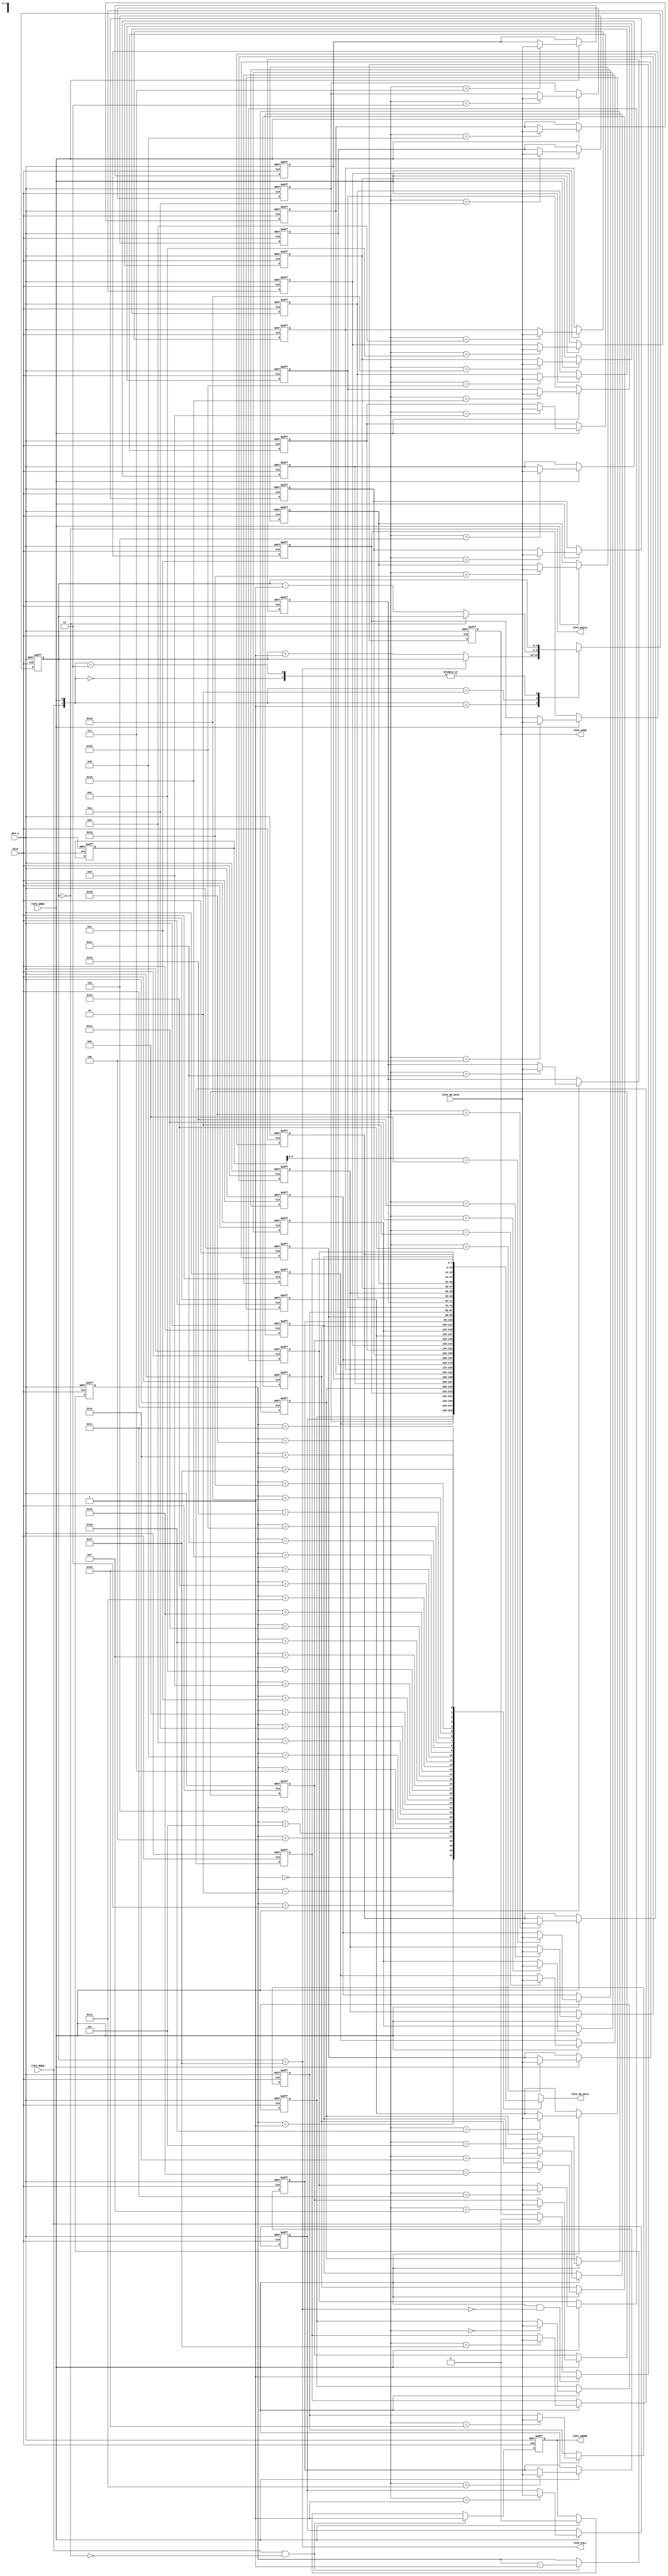
`timescale 1ns / 1ps
//////////////////////////////////////////////////////////////////////////////////
// Company: 
// Engineer: 
// 
// Design Name: 
// Module Name:    uart_fifo 
// Project Name: 
// Target Devices: 
// Tool versions: 
// Description: 
//
// Dependencies: 
//
// Revision: 
// Revision 0.01 - File Created
// Additional Comments: 
//
//////////////////////////////////////////////////////////////////////////////////
module uart_rxfifo(
				  input 	     SCLK,
				  input 	     RST_n,
				  
				  input  [7:0]   FIFO_WR_DATA,
				  input		     FIFO_WREN,
				  input 		 FIFO_RDEN,
				  output [7:0]   FIFO_RD_DATA,
				  output		 FIFO_Empty,
				  output		 FIFO_FULL,
				  output		 FIFO_OVER,
				  output		 FIFO_UNDER
				  );

//8*32

	reg [4:0] fifo_cnt; //under,over,xxxxx32

	wire empty;
	assign empty = (fifo_cnt[4:0] == 5'b0);
	assign FIFO_Empty = empty;
	
	wire full;
	assign full = (fifo_cnt[4:0] == 5'd31);	
	assign FIFO_FULL = full;
	
	always@(posedge SCLK or negedge RST_n)
	begin
		if(!RST_n) 		    fifo_cnt <= 5'b0;
		else
		begin
			case({FIFO_RDEN, FIFO_WREN})
			2'b00: 		  fifo_cnt <= fifo_cnt;
			2'b01: //wr
			begin
				if(full)  fifo_cnt <= fifo_cnt;
				else 	  fifo_cnt <= fifo_cnt + 1'b1;	 
			end
			2'b10: //rd
			begin
				if(empty) fifo_cnt <= fifo_cnt;
				else 	  fifo_cnt <= fifo_cnt - 1'b1;
			end			
			2'b11:  	  fifo_cnt <= fifo_cnt;	
			endcase
		end
	end	
	
	reg [4:0] fifo_wr_pointer;
	
	always@(posedge SCLK or negedge RST_n)
	begin
		if(!RST_n)		   			fifo_wr_pointer <= 5'b0;
		else if(FIFO_WREN && !full) fifo_wr_pointer <= fifo_wr_pointer + 1'b1;
		else			   			fifo_wr_pointer <= fifo_wr_pointer;
	end

	reg [4:0] fifo_rd_pointer;
	
	always@(posedge SCLK or negedge RST_n)
	begin
		if(!RST_n)		   			 fifo_rd_pointer <= 5'b0;
		else if(FIFO_RDEN && !empty) fifo_rd_pointer <= fifo_rd_pointer - 1'b1;
		else			   			 fifo_rd_pointer <= fifo_rd_pointer;
	end

	reg [7:0] fifo_stack [31:0];
	
	integer i;
	
	always@(posedge SCLK or negedge RST_n)
	begin
		if(!RST_n)
		begin
			for(i = 0; i < 32; i = i + 1)
			begin
				fifo_stack[i] <= 8'b0;
			end		
		end
		else if(FIFO_WREN)
		begin
			fifo_stack[i] <= FIFO_WR_DATA;
		end
	end

	assign FIFO_RD_DATA = fifo_stack[fifo_rd_pointer];

	reg OVER;

	always@(posedge SCLK or negedge RST_n)
	begin
		if(!RST_n)		   			OVER <= 1'b0;
		else if(FIFO_WREN && !full) OVER <= 1'b1;
		else if(FIFO_RDEN)			OVER <= 1'b0;
		else			   			OVER <= OVER;
	end

	assign FIFO_OVER = OVER;

	reg UNDER;

	always@(posedge SCLK or negedge RST_n)
	begin
		if(!RST_n)		   			 UNDER <= 1'b0;
		else if(FIFO_RDEN && !empty) UNDER <= 1'b1;
		else if(FIFO_WREN)			 UNDER <= 1'b0;
		else			   			 UNDER <= UNDER;
	end

	assign FIFO_UNDER = UNDER;

endmodule